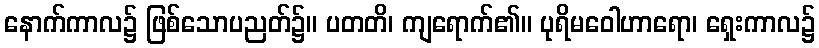
နောက်ကာလ၌ ဖြစ်သောပညတ်၌။ ပတတိ၊ ကျရောက်၏။ ပုရိမဝေါဟာရော၊ ရှေးကာလ၌